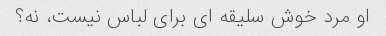
او مرد خوش سلیقه ای برای لباس نیست، نه؟